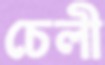
চেলী